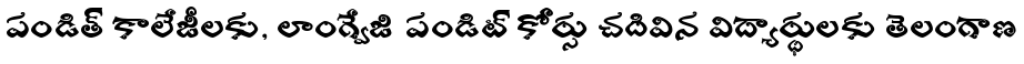
పండిత్ కాలేజీలకు, లాంగ్వేజి పండిట్ కోర్సు చదివిన విద్యార్థులకు తెలంగాణ